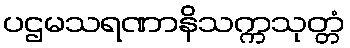
ပဌမသရဏာနိသက္ကသုတ္တံ